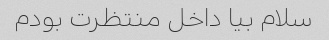
سلام بیا داخل منتظرت بودم